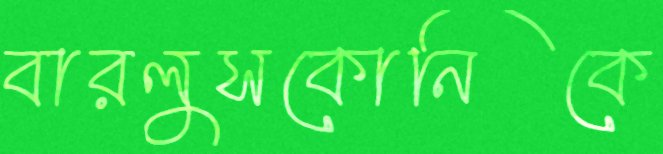
বারলুসকোনিকে